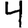
Digit: 4